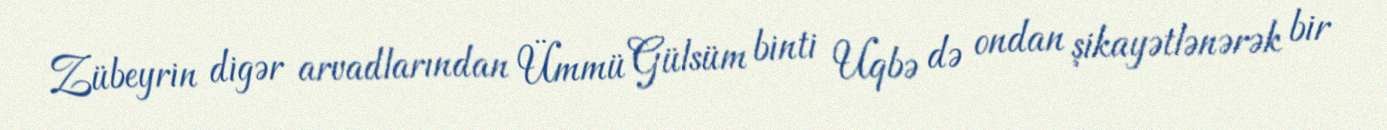
Zübeyrin digər arvadlarından Ümmü Gülsüm binti Uqbə də ondan şikayətlənərək bir